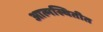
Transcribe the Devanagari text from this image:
आत्मस्थितीत